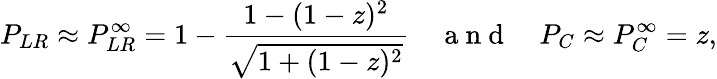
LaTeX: P_{LR}\approx P_{LR}^{\infty}=1-\frac{1-(1-z)^{2}}{\sqrt{1+(1-z)^{2}}}\quad\mathrm{~a~n~d~}\quad P_{C}\approx P_{C}^{\infty}=z,